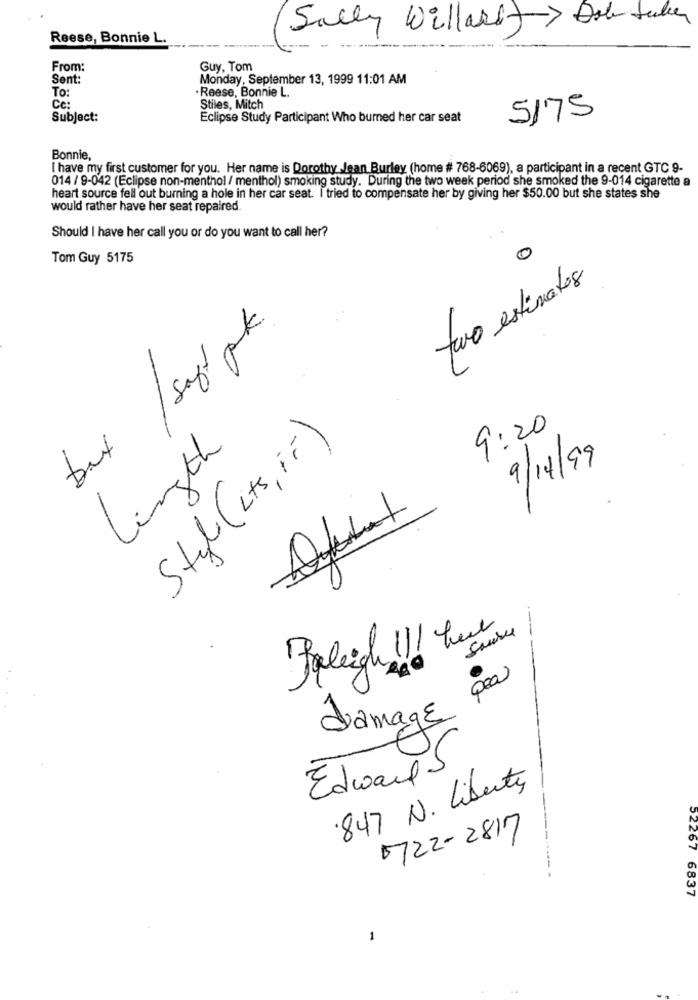
Sally Willasit> Dob Saker
Reese, Bonnie L.
From:
Guy, Tom
Sent:
Monday, September 13, 1999 11:01 AM
To:
Reese, Bonnie L.
Ce:
Stiles, Mitch
Subject:
Eclipse Study Participant Who burned her car seat
5175
Bonnie,
I have my first customer for you. Her name is Dorothy Jean Burley (home # 768-6069), a participant in a recent GTC 9-
014 / 9-042 (Eclipse non-menthol / menthol) smoking study. During the two week period she smoked the 9-014 cigarette a
heart source fell out burning a hole in her car seat. I tried to compensate her by giving her $50.00 but she states she
would rather have her seat repaired.
Should I have her call you or do you want to call her?
0
Tom Guy 5175
two estimates
but / saft pk
9:20
Styl (Lts, ir)
Length
9/14/9
Source
---
Raleigh !!! here
pea
damage
Edwards
.847 N. Liberty
5722-2817
52267 6837
1